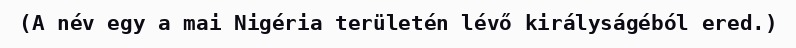
(A név egy a mai Nigéria területén lévő királyságéból ered.)